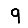
Digit: 9